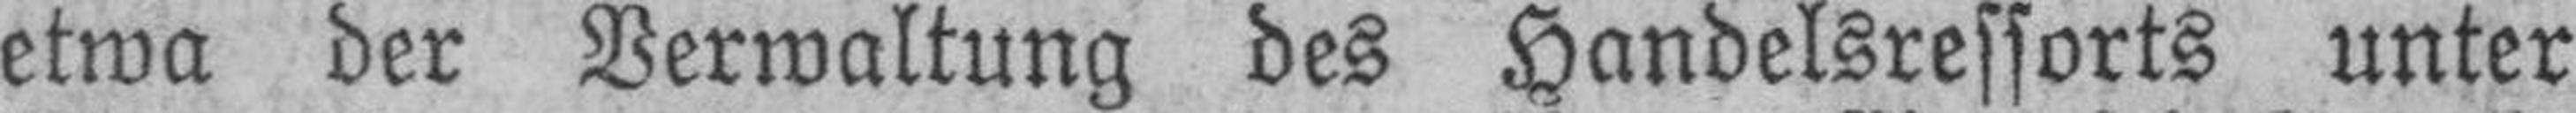
etwa der Verwaltung des Handelsressorts unter